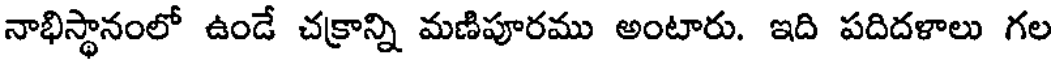
నాభిస్థానంలో ఉండే చక్రాన్ని మణిపూరము అంటారు. ఇది పదిదళాలు గల